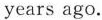
years ago.